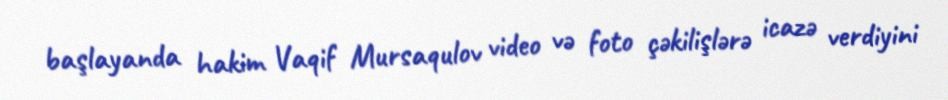
başlayanda hakim Vaqif Mursaqulov video və foto çəkilişlərə icazə verdiyini